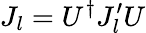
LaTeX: J_{l}=U^{\dagger}J_{l}^{\prime}U